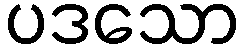
ပဒသော